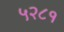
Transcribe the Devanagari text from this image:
५२८१